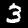
Digit: 3